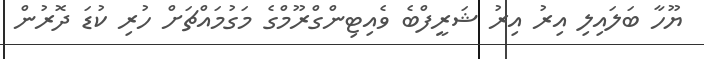
ޔޫހާ ބަލައިލި އިރު އިރު ޝަރީފްބެ ވެއިޓިންގްރޫމްގެ މަގުމައްޗަށް ހުރި ކުޑަ ދޮރުން